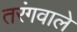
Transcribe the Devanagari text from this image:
तरंगवाले